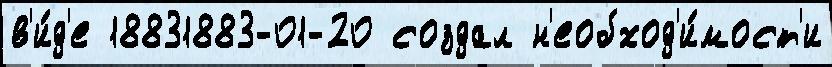
в'и́д'е 18831883-01-20 создал н'еобход'и́мост'и